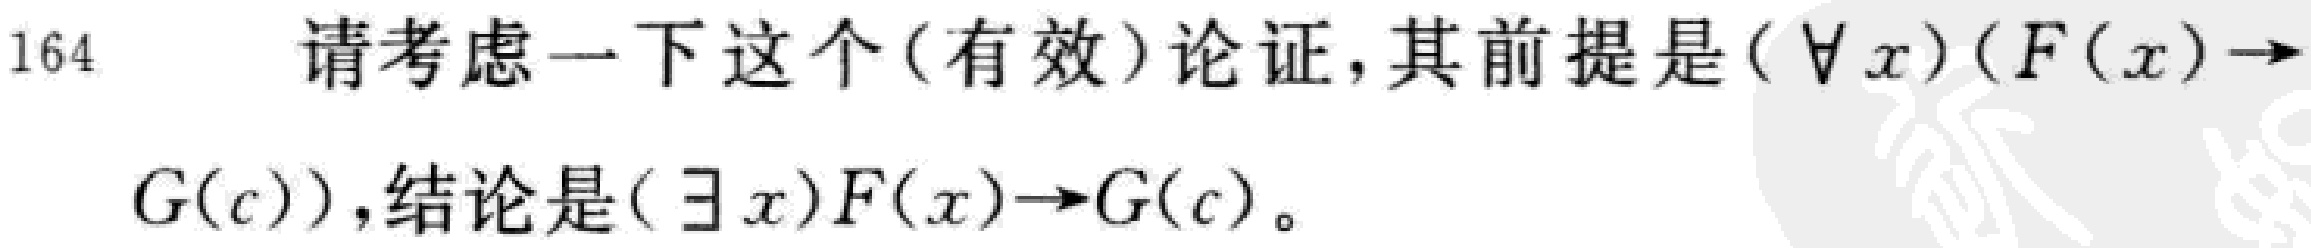
请考虑一下这个(有效)论证,其前提是$(\forall x)(F(x)\to G(c))$,结论是$(\exists x)F(x)\to G(c)$。